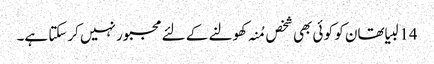
14 لبیا تھان کو کو ئی بھی شخص مُنہ کھولنے کے لئے مجبور نہیں کرسکتا ہے۔